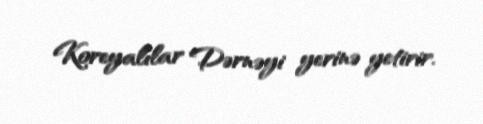
Koreyalılar Dərnəyi yerinə yetirir.